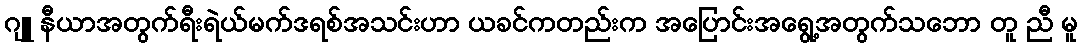
ဂျူ နီယာအတွက်ရီးရဲယ်မက်ဒရစ်အသင်းဟာ ယခင်ကတည်းက အပြောင်းအရွေ့အတွက်သဘော တူ ညီ မူ